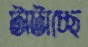
টাটাচ্ছে